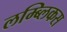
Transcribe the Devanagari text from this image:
लम्ब्लिकस